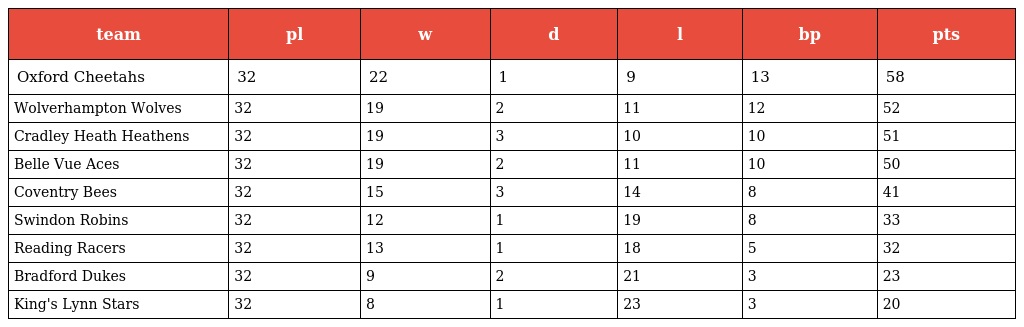
| team | pl | w | d | l | bp | pts |
 | --- | --- | --- | --- | --- | --- | --- |
 | Oxford Cheetahs | 32 | 22 | 1 | 9 | 13 | 58 |
 | Wolverhampton Wolves | 32 | 19 | 2 | 11 | 12 | 52 |
 | Cradley Heath Heathens | 32 | 19 | 3 | 10 | 10 | 51 |
 | Belle Vue Aces | 32 | 19 | 2 | 11 | 10 | 50 |
 | Coventry Bees | 32 | 15 | 3 | 14 | 8 | 41 |
 | Swindon Robins | 32 | 12 | 1 | 19 | 8 | 33 |
 | Reading Racers | 32 | 13 | 1 | 18 | 5 | 32 |
 | Bradford Dukes | 32 | 9 | 2 | 21 | 3 | 23 |
 | King's Lynn Stars | 32 | 8 | 1 | 23 | 3 | 20 |